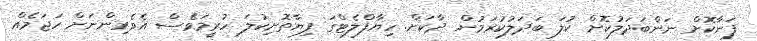
ފަނާކޮށް ނަންބަދަލުކޮށް ކުލަ ބަދަލުކުރަމުން ދާކަށް. ހިޔާފްލެޓްގަ ފިޔާތޮށިކުލަ ހުރީމަވެސް އެވެރިންނަށް ހަޖަމެއް